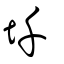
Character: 圲